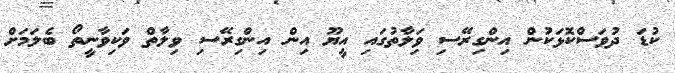
ކުޑަ ދުވަސްކޮޅަކުން އިންގިރޭސި ވަިލާތުގައި އީޔޫ އިން އިންގިރޭސި ވިލާތް ވަކިވާނީތޯ ބެލަމަށް